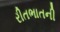
રીતભાતની